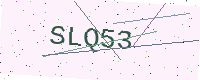
Text: SLQ53